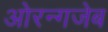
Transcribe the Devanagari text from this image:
ओरन्गजेब